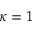
\kappa = 1